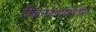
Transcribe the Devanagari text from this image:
विकासकार्यामधील